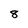
Character: 8